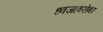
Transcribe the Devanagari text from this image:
ध्वजाबरोबर